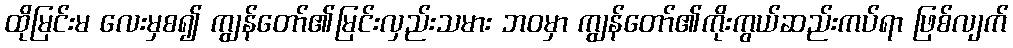
ထိုမြင်းမ လေးမှစ၍ ကျွန်တော်၏မြင်းလှည်းသမား ဘဝမှာ ကျွန်တော်၏ကိုးကွယ်ဆည်းကပ်ရာ ဖြစ်လျက်